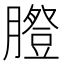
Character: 𦡪